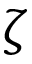
\zeta